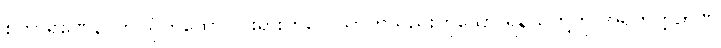
စကာရဏေန၊ ဤသို့တထောင်ငါးရားကိလေသာတသည်းဟူသော ရန်သူတို့ကို အရဟတ္တဉာဏ်